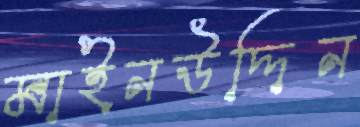
মাইনউদ্দিন